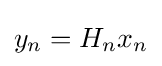
y_{n}=H_{n}x_{n}